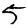
Digit: 5